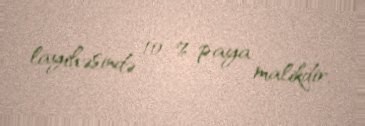
layihəsində 10 % paya malikdir.